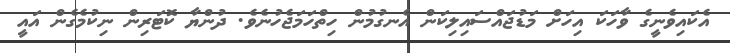
އެކައިވެނީގެ ވާހަކަ އިހަށް މަޑުޖައްސައިލިކަން އެނގުމުން ހިތްހަމަޖެހުނެވެ. ދުންޔާ ކޮޓަރިން ނިކުމެގެން އައީ